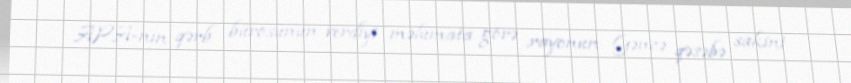
APA-nın qərb bürosunun verdiyi məlumata görə ,rayonun Gəncə qəsəbə sakini